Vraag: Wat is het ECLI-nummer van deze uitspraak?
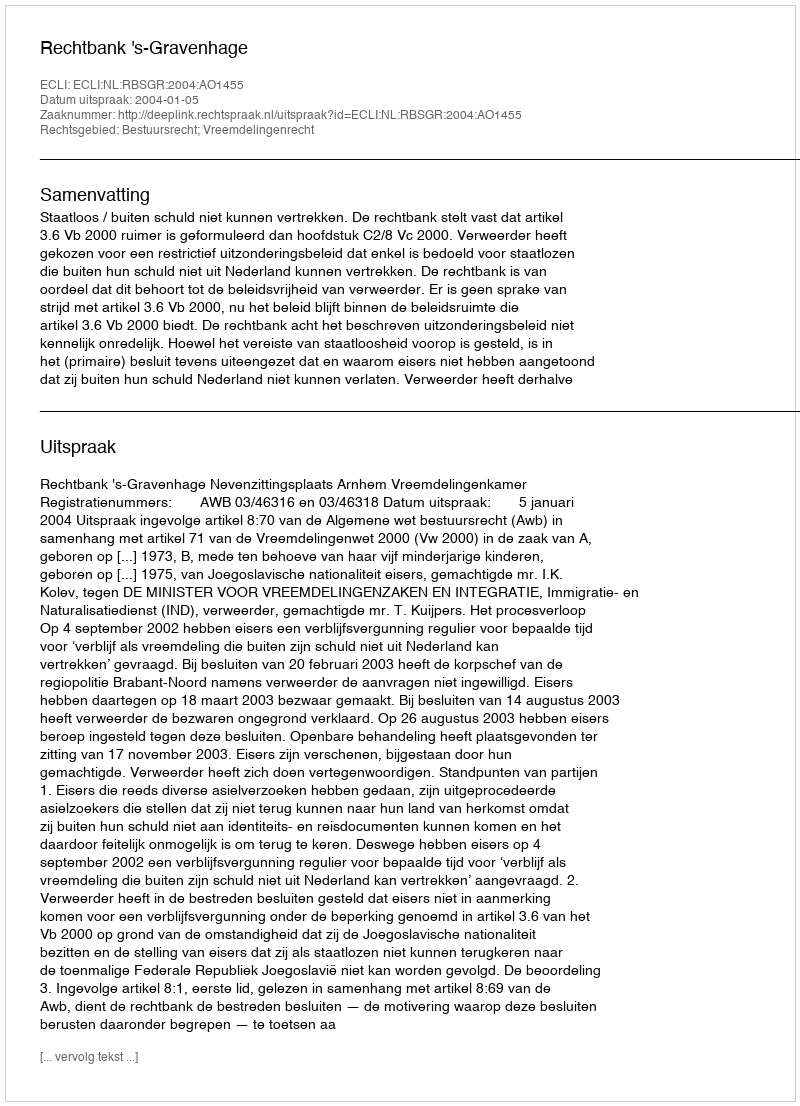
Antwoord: ECLI:NL:RBSGR:2004:AO1455